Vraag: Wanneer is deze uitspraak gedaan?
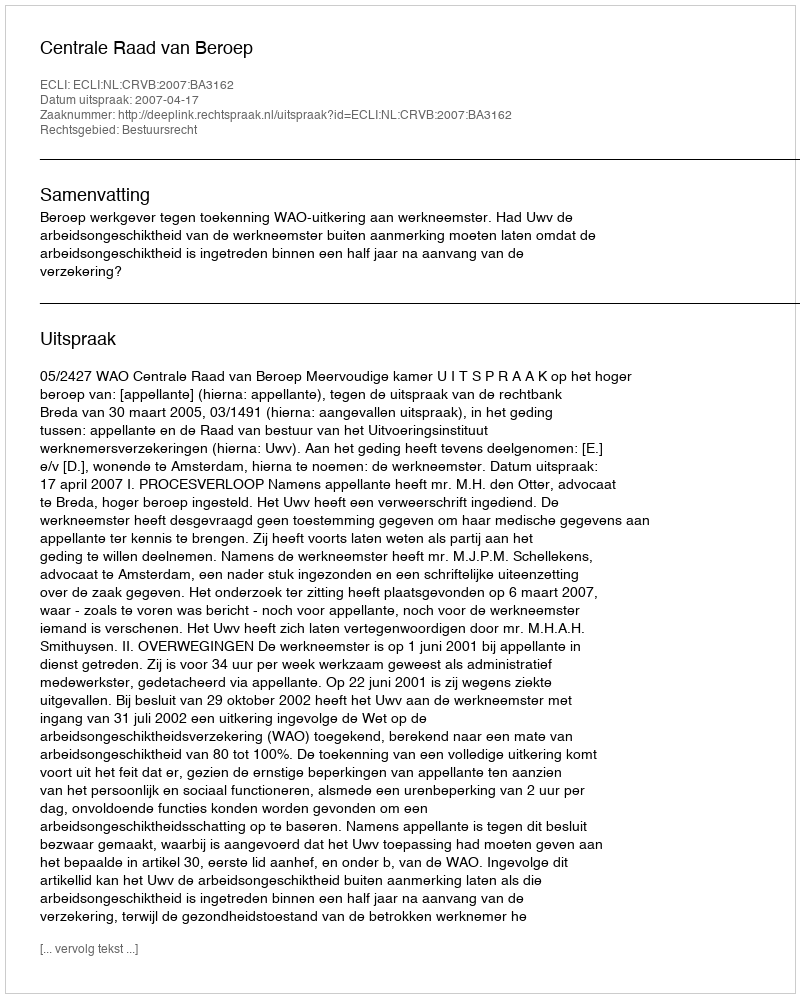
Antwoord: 2007-04-17